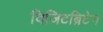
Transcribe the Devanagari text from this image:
विजिटब्रिटेन